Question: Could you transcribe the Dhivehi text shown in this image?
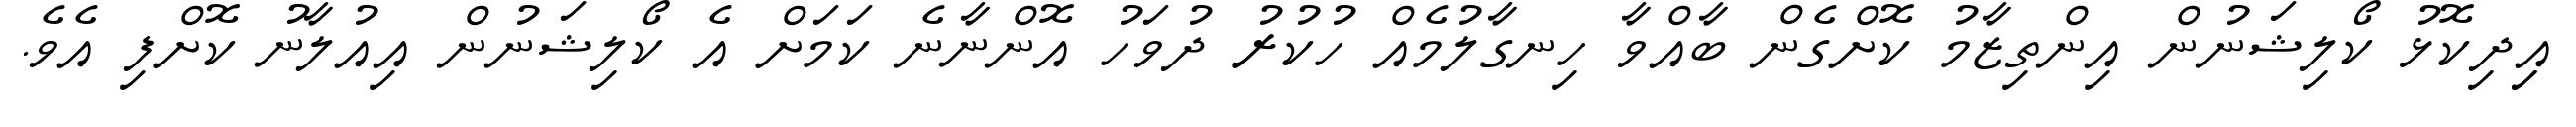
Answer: އިިދިކޮޅު ކޯލިޝަނުން އިންތިޒާމު ކޮށްގެން ބާއްވާ ހިނގާލުމެއް ހުކުރު ދުވަހު އޮންނާނެ ކަމަށް އެ ކޯލިޝަނުން އިއުލާނު ކޮށްފި އެވެ.